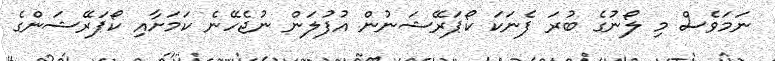
ނަމަވެސް މި ލޯނުގެ ބުރަ ފެނަކަ ކޯޕަރޭޝަނުން އުފުލަން ނުޖެހޭނެ ކަމަށާއި ކޯޕަރޭޝަންގެ